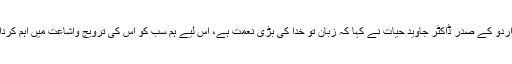
اس موقع پر شعبہ اردو کے صدر ڈاکٹر جاوید حیات نے کہا کہ زبان تو خدا کی بڑی نعمت ہے، اس لیے ہم سب کو اس کی ترویج واشاعت میں اہم کردار ادا کر نا چاہیے۔